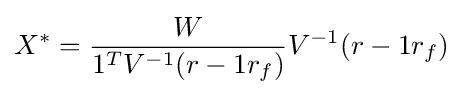
X^{*}={\frac {W}{1^{T}V^{-1}(r-1r_{f})}}V^{-1}(r-1r_{f})